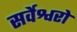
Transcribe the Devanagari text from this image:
सर्वेश्वरो